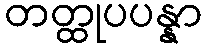
တတ္ထုပပန္နာ